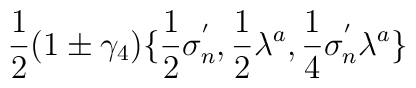
\frac{1}{2} (1 \pm \gamma_{4}) \{ \frac{1}{2} \sigma_{n}^{'}, \frac{1}{2} \lambda^{a}, \frac{1}{4}  \sigma_{n}^{'} \lambda^{a} \}